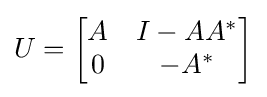
U={\begin{bmatrix}A&I-AA^{*}\\0&-A^{*}\end{bmatrix}}